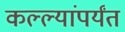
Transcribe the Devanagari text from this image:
कल्ल्यांपर्यंत